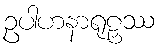
ဥပါဟနာရုဠှဿ